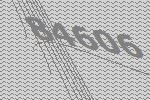
84606